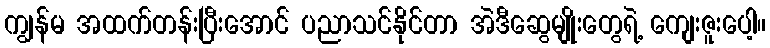
ကျွန်မ အထက်တန်းပြီးအောင် ပညာသင်နိုင်တာ အဲဒီဆွေမျိုးတွေရဲ့ ကျေးဇူးပေါ့။